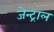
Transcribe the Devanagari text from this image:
जेन्ट्राल